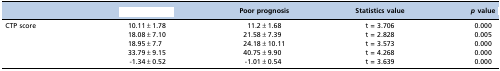
<table><thead><tr><td>[EMPTY_CELL]</td><td>[EMPTY_CELL]</td><td><b>Poor prognosis</b></td><td><b>Statistics value</b></td><td><b><i>p</i> value</b></td></tr></thead><tbody><tr><td>CTP score</td><td>10.11±1.78</td><td>11.2±1.68</td><td>t = 3.706</td><td>0.000</td></tr><tr><td>[EMPTY_CELL]</td><td>18.08±7.10</td><td>21.58±7.39</td><td>t = 2.828</td><td>0.005</td></tr><tr><td>[EMPTY_CELL]</td><td>18.95±7.7</td><td>24.18±10.11</td><td>t = 3.573</td><td>0.000</td></tr><tr><td>[EMPTY_CELL]</td><td>33.79±9.15</td><td>40.75±9.90</td><td>t = 4.268</td><td>0.000</td></tr><tr><td>[EMPTY_CELL]</td><td>-1.34±0.52</td><td>-1.01±0.54</td><td>t = 3.639</td><td>0.000</td></tr></tbody></table>